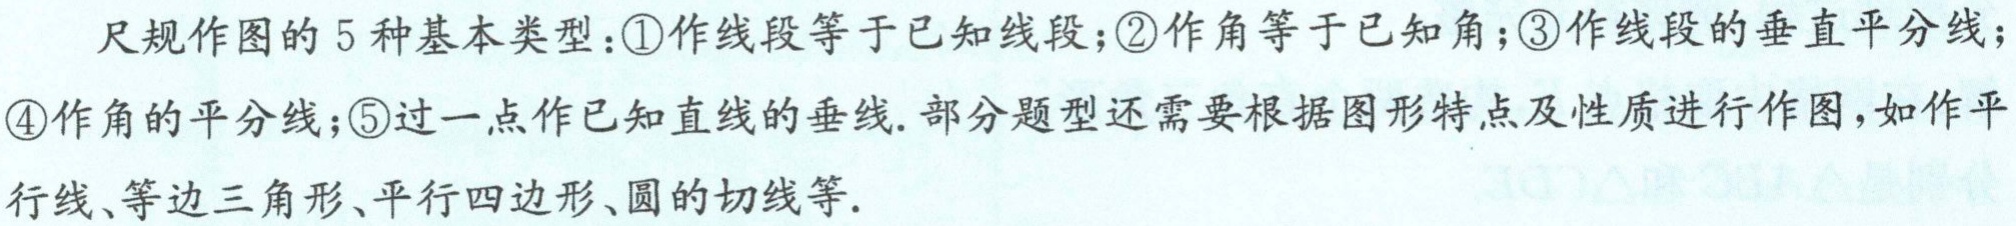
尺规作图的5种基本类型：\textcircled{1}作线段等于已知线段；\textcircled{2}作角等于已知角；\textcircled{3}作线段的垂直平分线；\textcircled{4}作角的平分线；\textcircled{5}过一点作已知直线的垂线. 部分题型还需要根据图形特点及性质进行作图，如作平行线、等边三角形、平行四边形、圆的切线等.